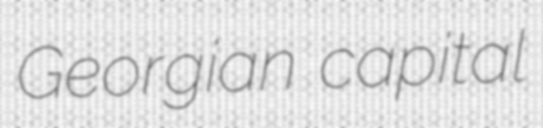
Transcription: Georgian capital